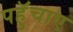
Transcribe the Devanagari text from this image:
पहुॅचाए